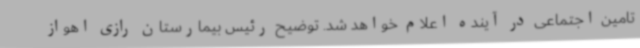
تامین اجتماعی در آینده اعلام خواهد شد. توضیح رئیس بیمارستان رازی اهواز